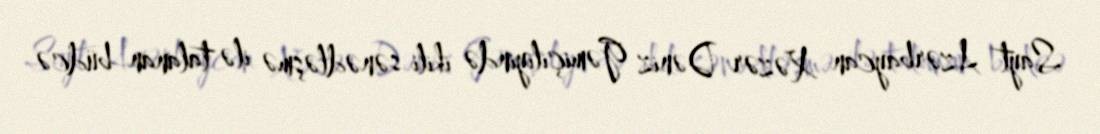
Sayt Azərbaycan Xəzər Dəniz Gəmiçiliyində ikili sənədləşmə ilə talanan büdcə